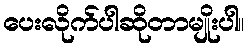
ပေးလိုက်ပါဆိုတာမျိုးပါ။